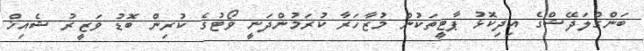
ބަންގްލަދޭޝްގެ އިދިކޮޅު ޕާޓީތަކުން މުޒާހަރާ ކުރަމުންދަނީ ވޯޓުގެ ކުރިން ބޮޑު ވަޒީރު ޝެއިޚް